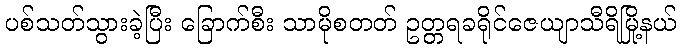
ပစ်သတ်သွားခဲ့ပြီး ခြောက်စီး သာမိုစတတ် ဥတ္တရခရိုင်ဇေယျာသီရိမြို့နယ်